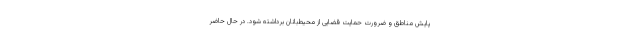
پایش مناطق و ضرورت حمایت قضایی از محیط‌بانان برداشته شود. در حال حاضر